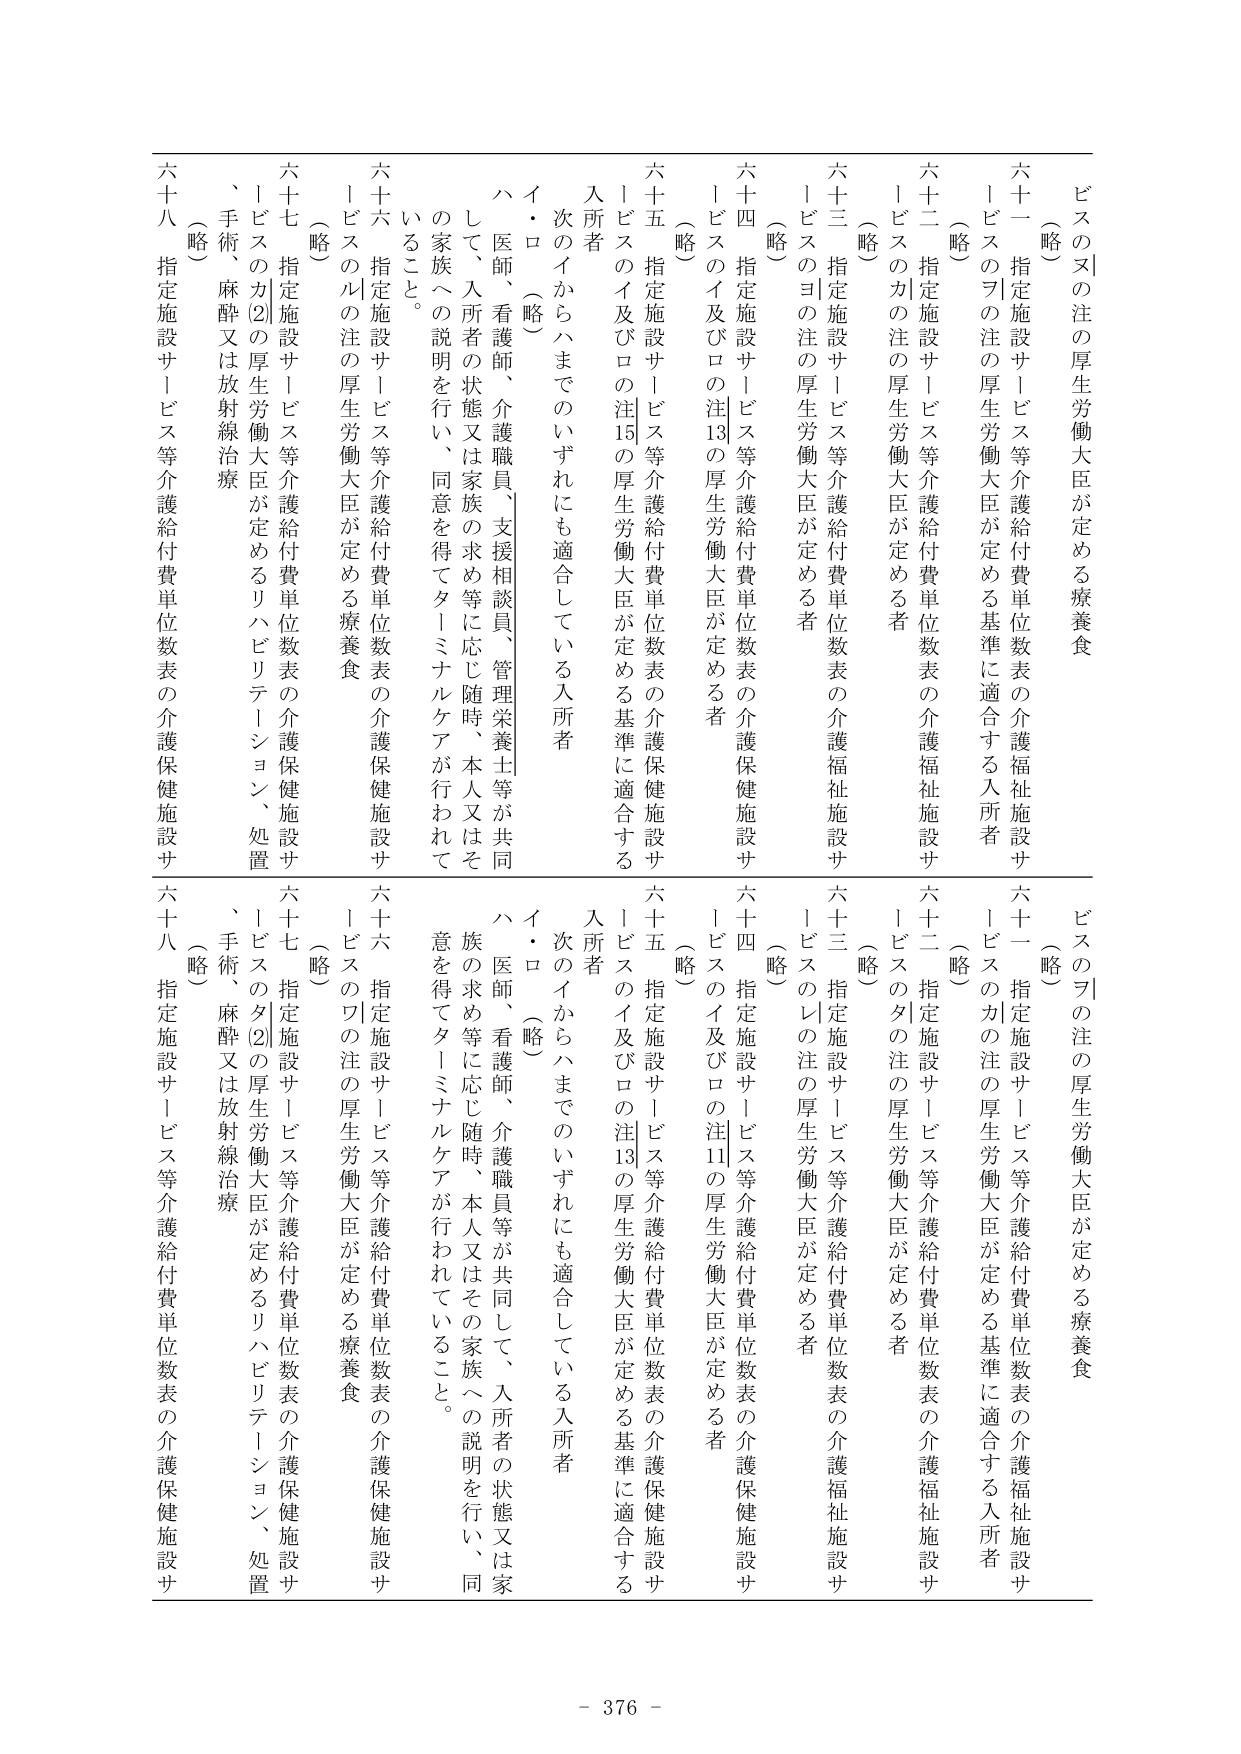
ビスのヌの注の厚生労働大臣が定める療養食
（略）
六十一 指定施設サービス等介護給付費単位数表の介護福祉施設サービスのヲの注の厚生労働大臣が定める基準に適合する入所者
（略）
六十二 指定施設サービス等介護給付費単位数表の介護福祉施設サービスのカの注の厚生労働大臣が定める者
（略）
六十三 指定施設サービス等介護給付費単位数表の介護福祉施設サービスのヨの注の厚生労働大臣が定める者
（略）
六十四 指定施設サービス等介護給付費単位数表の介護保健施設サービスのイ及びロの注13の厚生労働大臣が定める者
（略）
六十五 指定施設サービス等介護給付費単位数表の介護保健施設サービスのイ及びロの注15の厚生労働大臣が定める基準に適合する入所者
次のイからハまでのいずれにも適合している入所者
イ・ロ（略）
ハ 医師、看護師、介護職員、支援相談員、管理栄養士等が共同して、入所者の状態又は家族の求め等に応じ随時、本人又はその家族への説明を行い、同意を得てターミナルケアが行われていること。
六十六 指定施設サービス等介護給付費単位数表の介護保健施設サービスのルの注の厚生労働大臣が定める療養食
（略）
六十七 指定施設サービス等介護給付費単位数表の介護保健施設サービスのカ②の厚生労働大臣が定めるリハビリテーション、処置、手術、麻酔又は放射線治療
（略）
六十八 指定施設サービス等介護給付費単位数表の介護保健施設サービスのヲの注の厚生労働大臣が定める療養食
（略）
六十一 指定施設サービス等介護給付費単位数表の介護福祉施設サービスのカの注の厚生労働大臣が定める基準に適合する入所者
（略）
六十二 指定施設サービス等介護給付費単位数表の介護福祉施設サービスのタの注の厚生労働大臣が定める者
（略）
六十三 指定施設サービス等介護給付費単位数表の介護福祉施設サービスのレの注の厚生労働大臣が定める者
（略）
六十四 指定施設サービス等介護給付費単位数表の介護保健施設サービスのイ及びロの注11の厚生労働大臣が定める者
（略）
六十五 指定施設サービス等介護給付費単位数表の介護保健施設サービスのイ及びロの注13の厚生労働大臣が定める基準に適合する入所者
次のイからハまでのいずれにも適合している入所者
イ・ロ（略）
ハ 医師、看護師、介護職員等が共同して、入所者の状態又は家族の求め等に応じ随時、本人又はその家族への説明を行い、同意を得てターミナルケアが行われていること。
六十六 指定施設サービス等介護給付費単位数表の介護保健施設サービスのツの注の厚生労働大臣が定める療養食
（略）
六十七 指定施設サービス等介護給付費単位数表の介護保健施設サービスのタ②の厚生労働大臣が定めるリハビリテーション、処置、手術、麻酔又は放射線治療
（略）
六十八 指定施設サービス等介護給付費単位数表の介護保健施設サービス
- 376 -